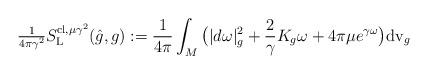
LaTeX: \begin{align*}\tfrac{1}{4\pi\gamma^2}S^{{\rm cl},\mu \gamma^2}_{{\rm L}}( \hat g,g):=\frac{1}{4\pi} \int_M\big(|d\omega|^2_{g}+ \frac{2}{\gamma}K_{g}\omega+4\pi\mu e^{\gamma\omega}\big){\rm dv}_{g}\end{align*}